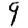
Digit: 9